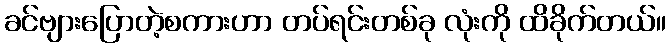
ခင်ဗျားပြောတဲ့စကားဟာ တပ်ရင်းတစ်ခု လုံးကို ထိခိုက်တယ်။